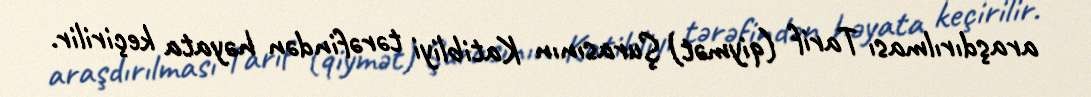
araşdırılması Tarif (qiymət) Şurasının Katibliyi tərəfindən həyata keçirilir.